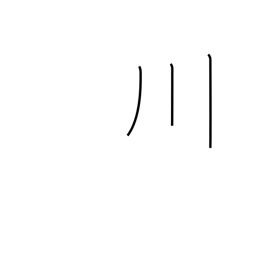
Meaning: river or three-stroke river radical (no. 47)